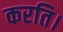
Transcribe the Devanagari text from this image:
करति।